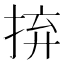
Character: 𢬵